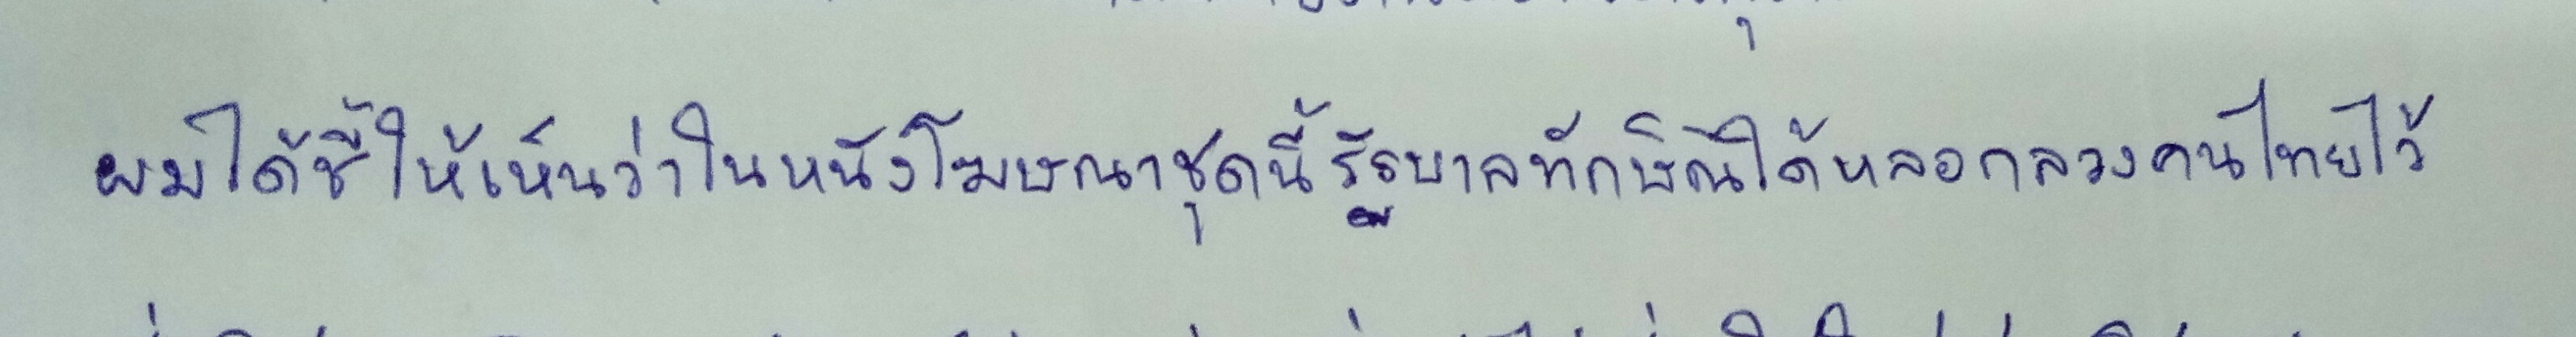
ผมได้ชี้ให้เห็นว่าในหนังโฆษณาชุดนี้รัฐบาลทักษิณได้หลอกลวงคนไทยไว้